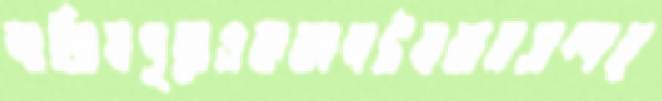
নাজিমপুরেএককালটমবাহসম্পর্